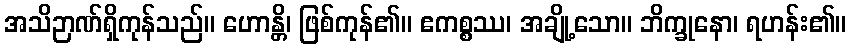
အသိဉာဏ်ရှိကုန်သည်။ ဟောန္တိ၊ ဖြစ်ကုန်၏။ ဧကစ္စဿ၊ အချို့သော။ ဘိက္ခုနော၊ ရဟန်း၏။